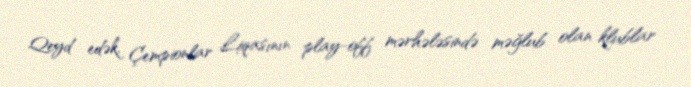
Qeyd edək, Çempionlar Liqasının play-off mərhələsində məğlub olan klublar